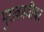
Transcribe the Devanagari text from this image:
मुराकामीवर